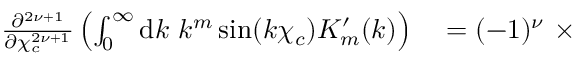
\begin{array} { r l } { \frac { \partial ^ { 2 { \nu } + 1 } } { \partial \chi _ { c } ^ { 2 { \nu } + 1 } } \left( \int _ { 0 } ^ { \infty } \mathrm { d } k \ k ^ { m } \sin ( k \chi _ { c } ) K _ { m } ^ { \prime } ( k ) \right) } & { { } = ( - 1 ) ^ { { \nu } } \ \times } \end{array}